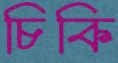
চিকি